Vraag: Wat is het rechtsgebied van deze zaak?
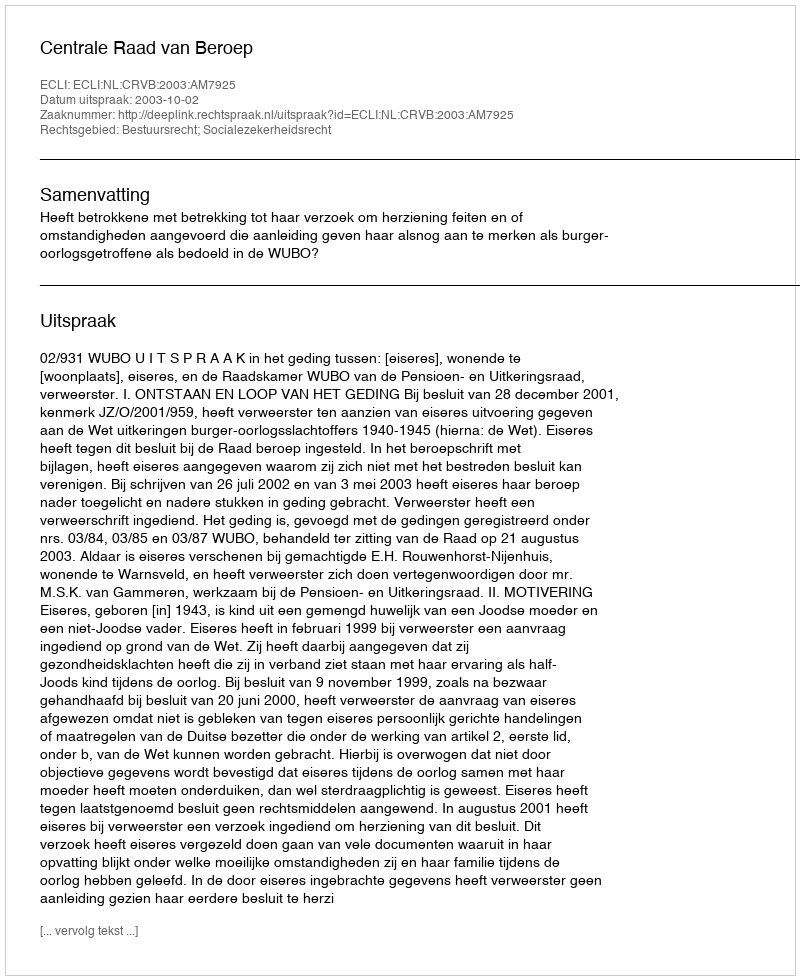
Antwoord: Bestuursrecht; Socialezekerheidsrecht